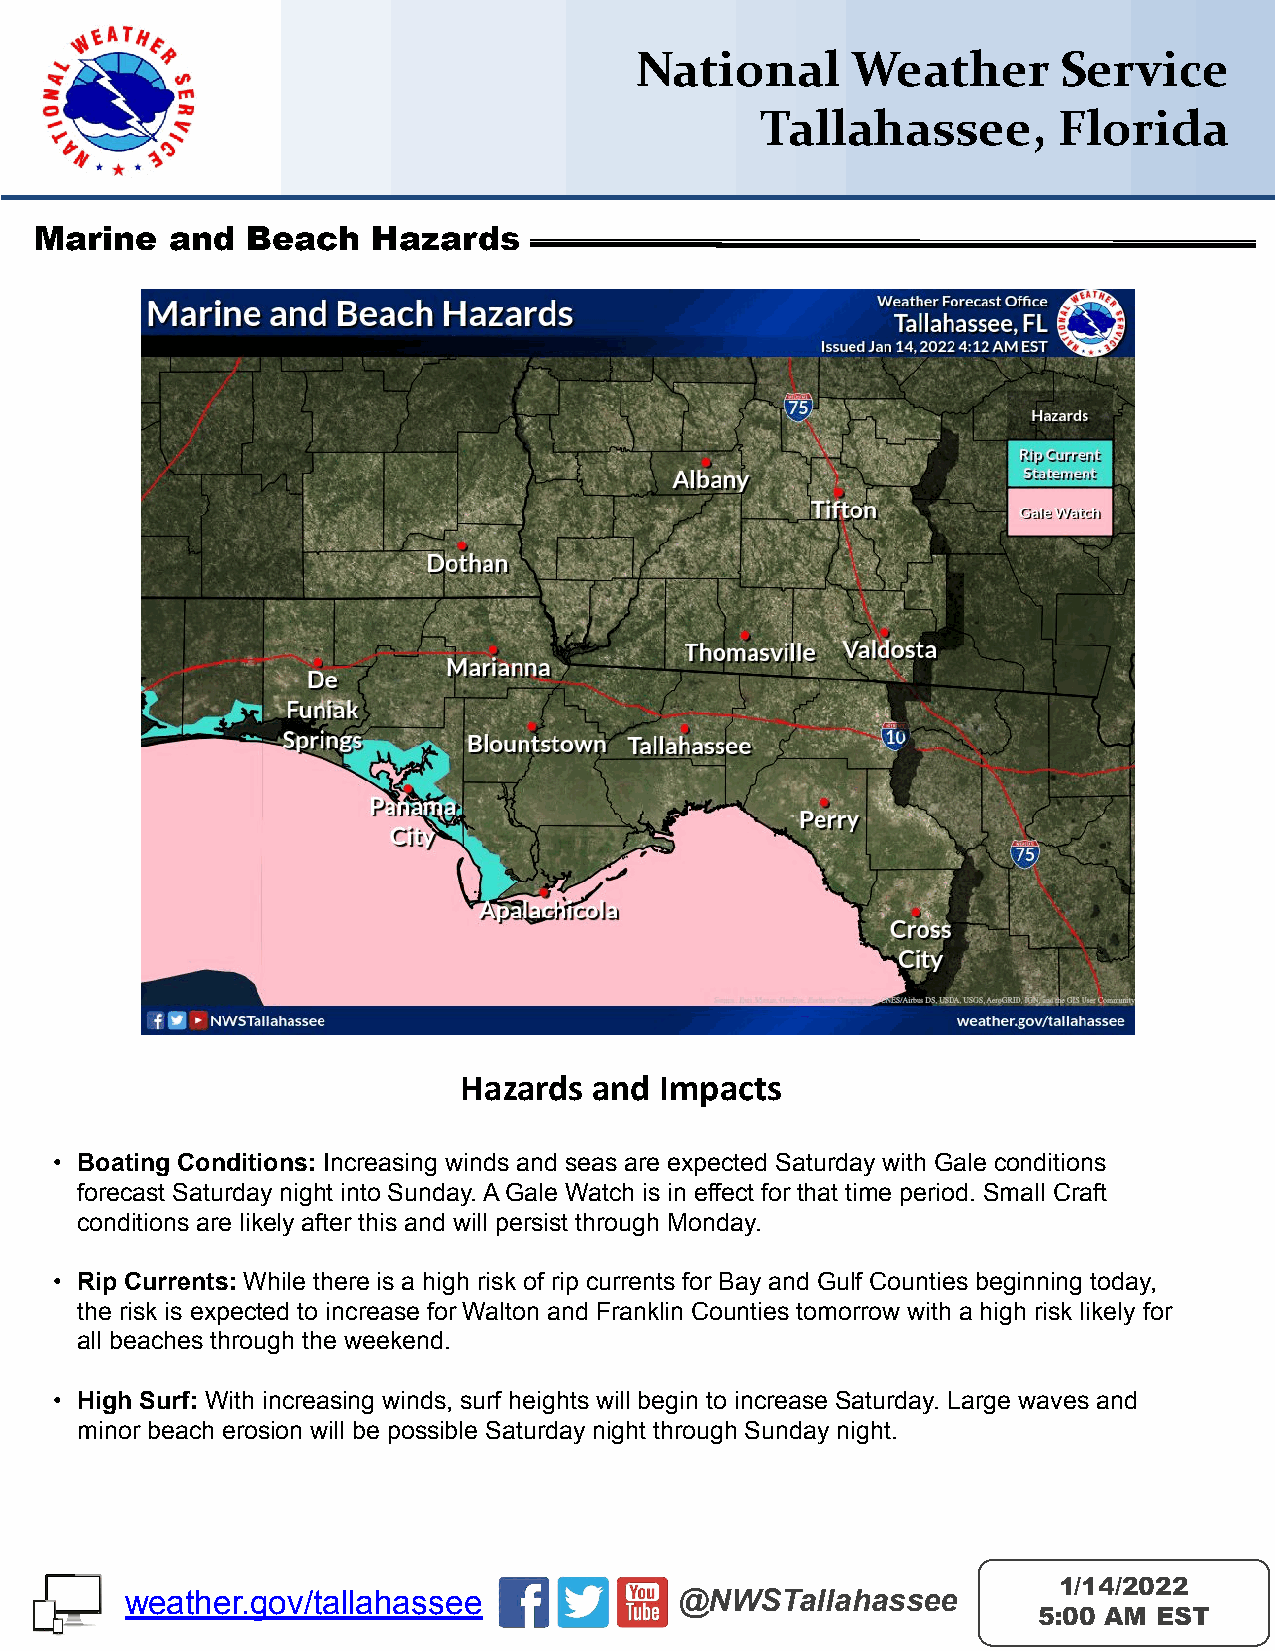
National      Weather       Service
 Tallahassee,        Florida
 Marine   and  Beach    Hazards
 Hazards  and  Impacts
 • Boating Conditions: Increasing winds and seas are expected Saturday with Gale conditions
 forecast Saturday night into Sunday. A Gale Watch is in effect for that time period. Small Craft
 conditions are likely after this and will persist through Monday.
 • Rip Currents: While there is a high risk of rip currents for Bay and Gulf Counties beginning today,
 the risk is expected to increase for Walton and Franklin Counties tomorrow with a high risk likely for
 all beaches through the weekend.
 • High Surf: With increasing winds, surf heights will begin to increase Saturday. Large waves and
 minor beach erosion will be possible Saturday night through Sunday night.
 1/14/2022
 weather.gov/tallahassee              @NWSTallahassee
 5:00 AM EST